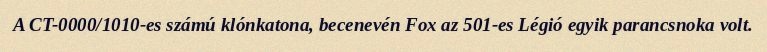
A CT-0000/1010-es számú klónkatona, becenevén Fox az 501-es Légió egyik parancsnoka volt.